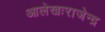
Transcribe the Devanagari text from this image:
आलेखःराजेन्द्र